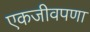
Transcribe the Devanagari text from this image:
एकजीवपणा